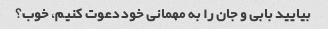
بیایید بابی و جان را به مهمانی خود دعوت کنیم، خوب؟